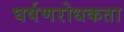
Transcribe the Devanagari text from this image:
घर्षणरोधकता